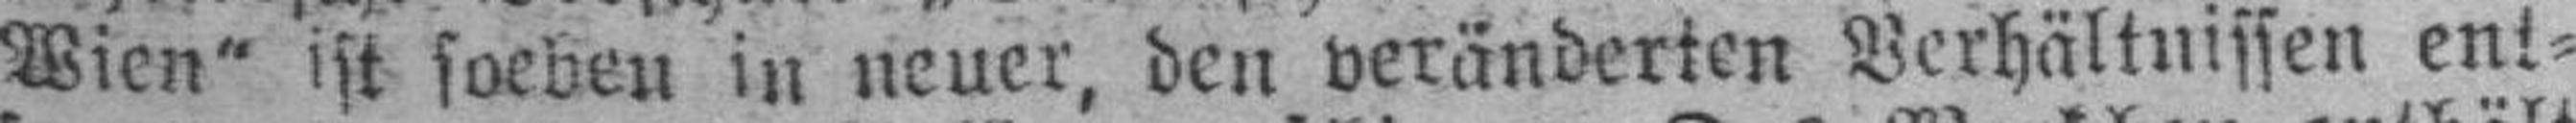
Wien“ ist soeben in neuer, den veränderten Verhältnissen ent¬